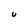
Character: U